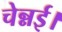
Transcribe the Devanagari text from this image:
चेन्नई।